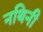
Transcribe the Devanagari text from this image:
नथिनी